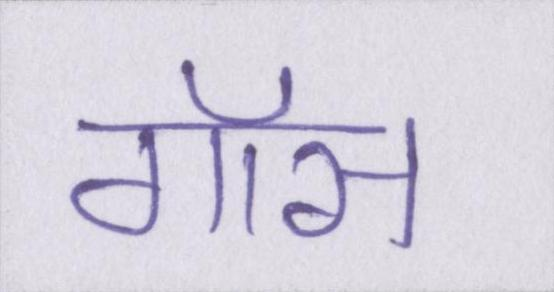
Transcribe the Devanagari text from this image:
गॉस